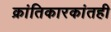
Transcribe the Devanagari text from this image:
क्रांतिकारकांतही